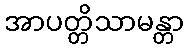
အာပတ္တိသာမန္တာ